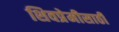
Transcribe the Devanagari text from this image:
शिवप्रेमीसाठी